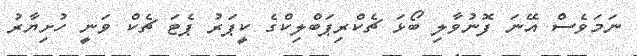
ނަމަވެސް އޭނަ ފޮނުވާލި ބޯޅަ ޗެކްރިޕަބްލިކްގެ ކީޕަރު ޕެޓަ ޗެކް ވަނީ ހުށިޔާރު